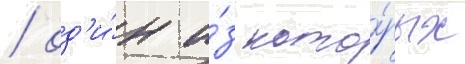
/ од'и́н и́з кото́рых